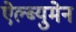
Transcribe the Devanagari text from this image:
ऐल्ब्युमेन